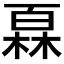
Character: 𤾓